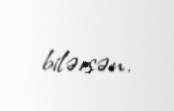
bilərsən.